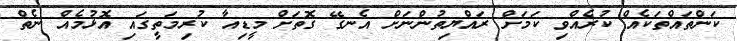
ކަންތައްތަކެއް ކުރެއްވި ކަމަށް ރައްޔިތުންނަށް އެނގޭ ގޮތަށް މީޑިއާ ކުރިމަތީގައި އޮޅުމެއް ނެތް